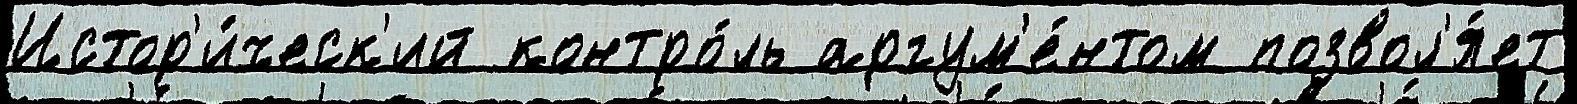
Истор'и́ческ'ий контро́ль аргум'е́нтом позвол'я́ет